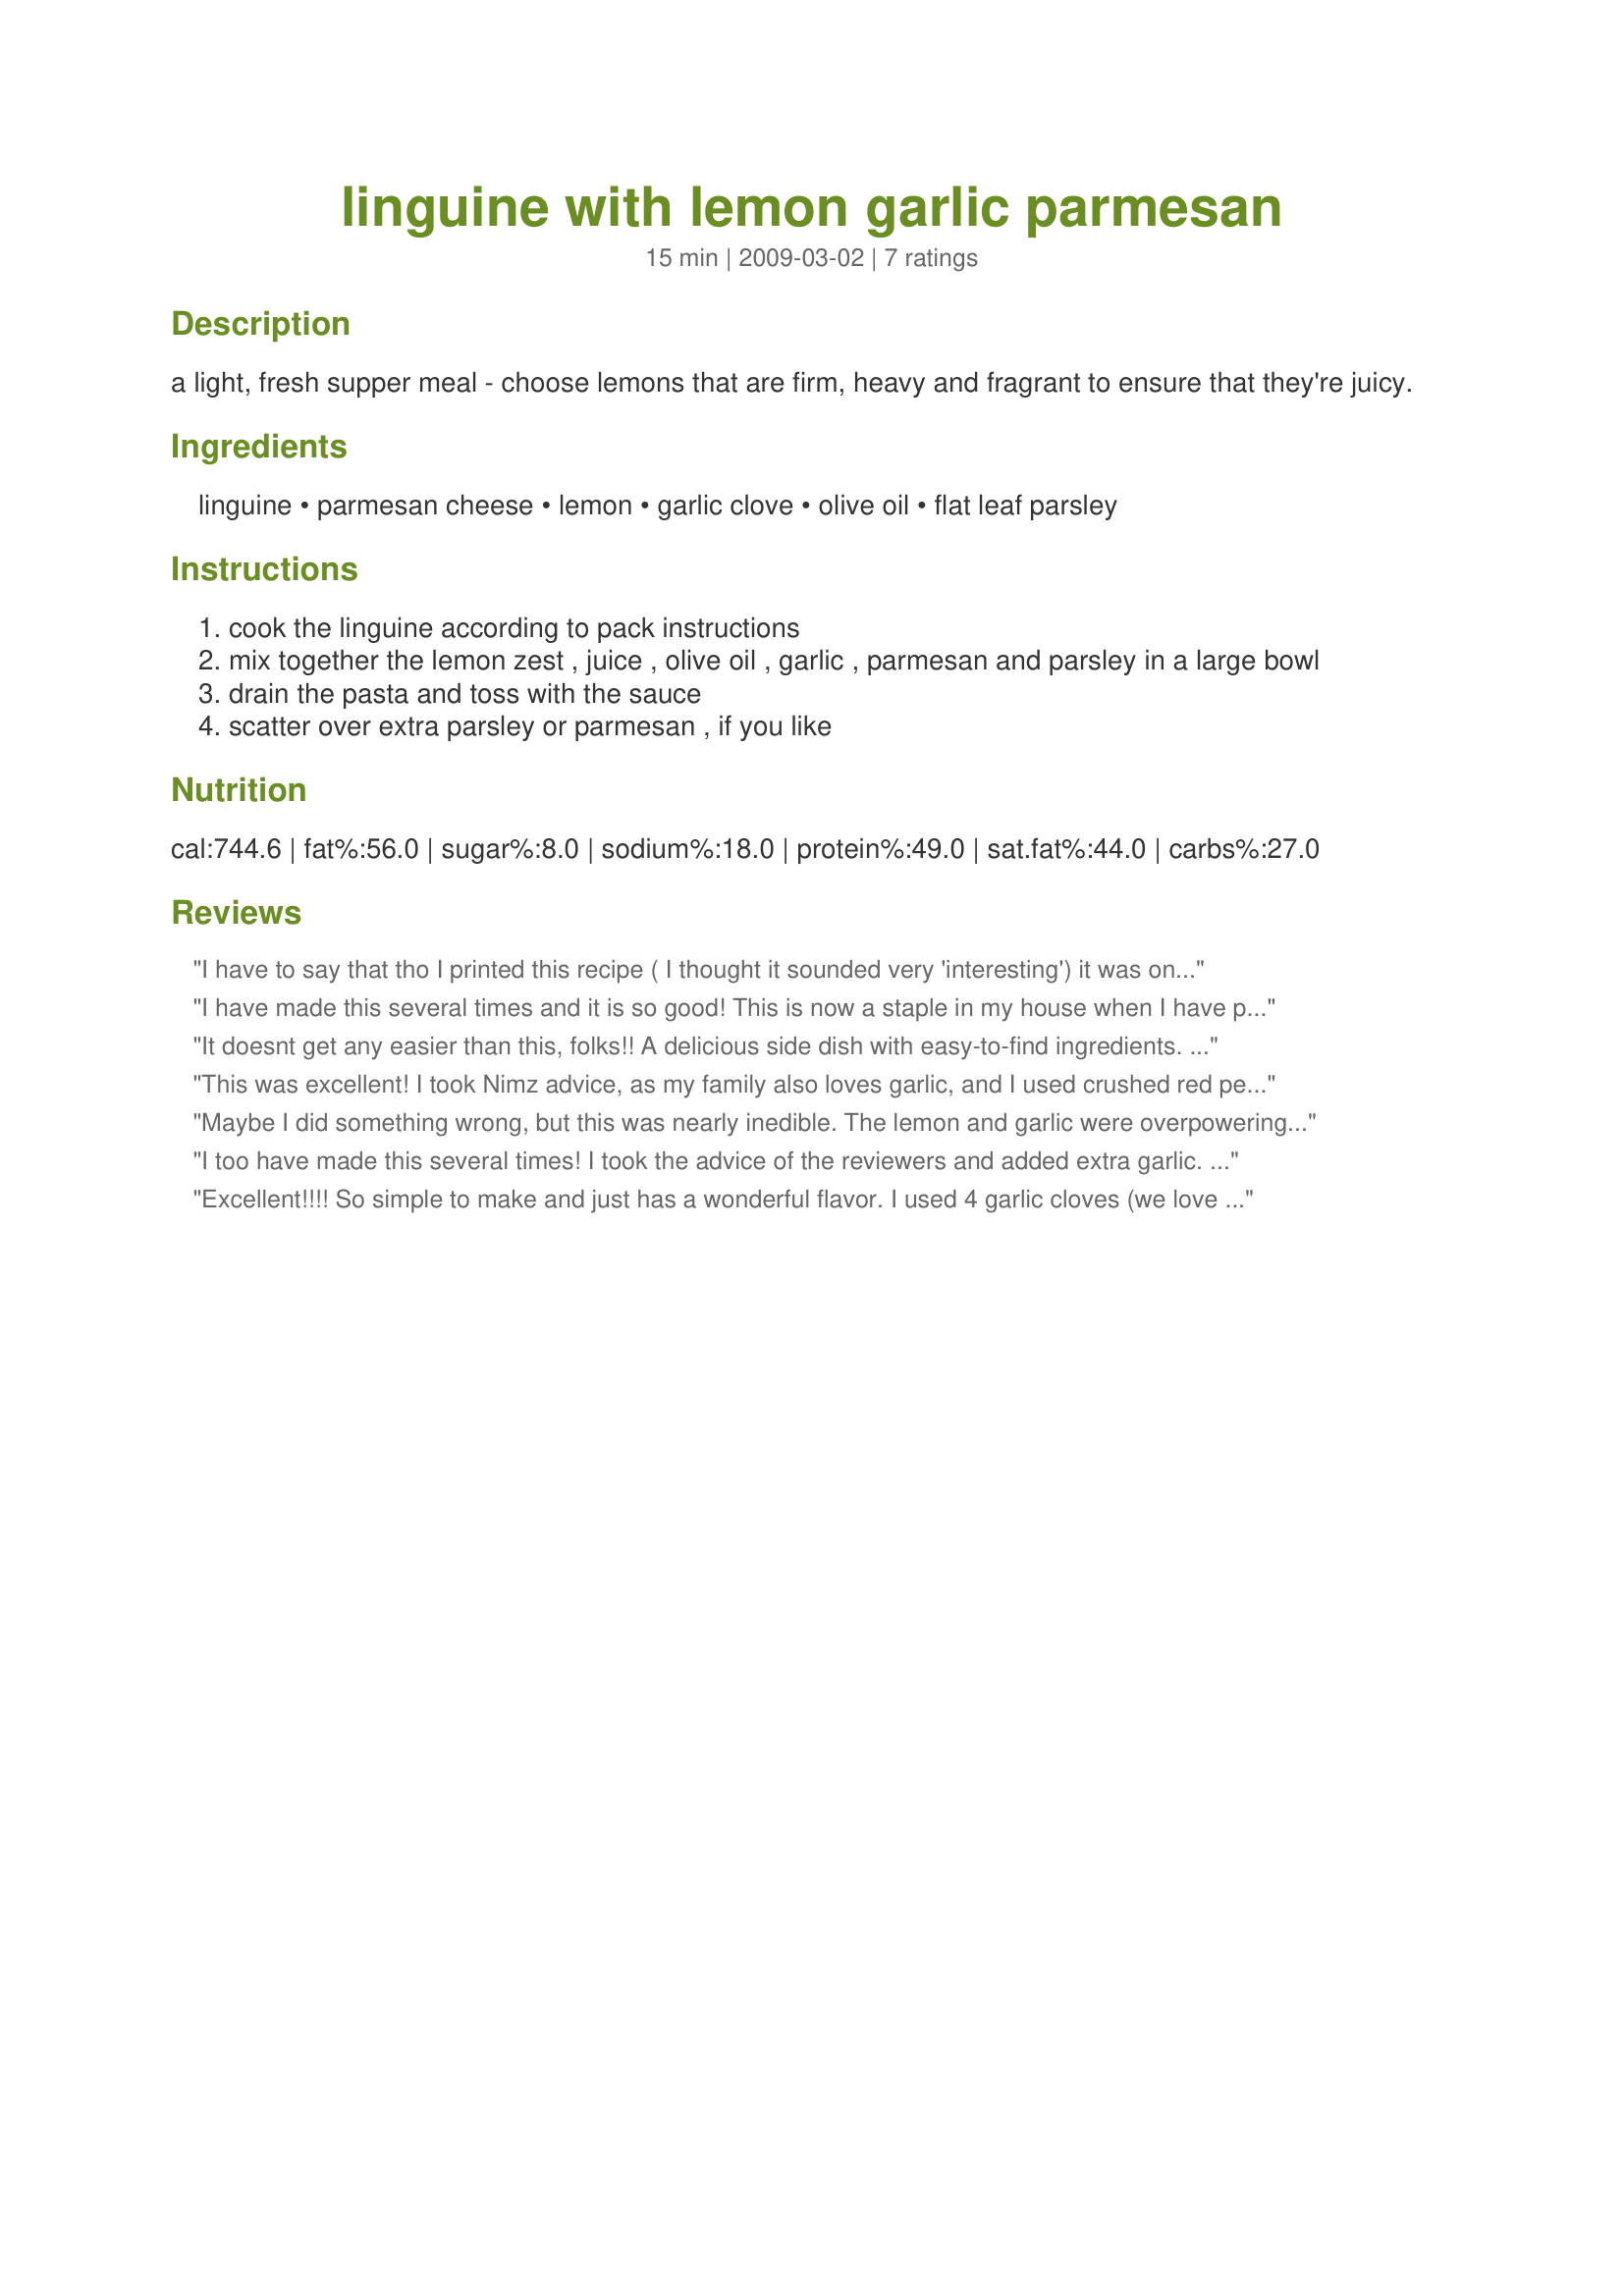
linguine with lemon garlic parmesan
Preparation time: 15 minutes

a light, fresh supper meal - choose lemons that are firm, heavy and fragrant to ensure that they're juicy.

Ingredients:
linguine, parmesan cheese, lemon, garlic clove, olive oil, flat leaf parsley

Steps:
cook the linguine according to pack instructions
mix together the lemon zest , juice , olive oil , garlic , parmesan and parsley in a large bowl
drain the pasta and toss with the sauce
scatter over extra parsley or parmesan , if you like

Reviews:
I have to say that tho I printed this recipe ( I thought it sounded very 'interesting') it was on the kitchen counter for several days, as it is just so 'different' sounding and I was not sure my DH would like it. I prepared it last night and we both liked it very much. It is so easy and fast that I know it will join the favorites in this household! Thank you so much for posting, English Rose.
I have made this several times and it is so good! This is now a staple in my house when I have pasta!
It doesnt get any easier than this, folks!! A delicious side dish with easy-to-find ingredients. Ready in minutes...and devoured equally as fast. :)
This was added to my favorites, and printed so I'll always have a hard copy. Thanks for the great recipe, English Rose!
This was excellent! I took Nimz advice, as my family also loves garlic, and I used crushed red pepper flakes. My hisband is an avid pasta fan and added this to his list of favorites.
Maybe I did something wrong, but this was nearly inedible. The lemon and garlic were overpowering and unbalanced by anything. Not something I'll make again.
I too have made this several times! I took the advice of the reviewers and added extra garlic. This is great as a side dish as well as a stand alone meal. I have also made lemon chicken with steamed spinach and added both to this pasta dish and it is just delicious.
Excellent!!!! So simple to make and just has a wonderful flavor. I used 4 garlic cloves (we love garlic) and added a sprinkle of crushed red peppers to suit our taste and whole wheat spaghetti which is what I had, but the recipe alone with no changes is just wonderful. Thanks so much for sharing. I'll be making this again. Went into my 2009 favorites.
